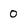
Character: 0